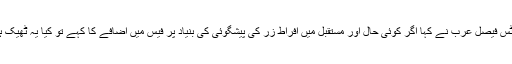
جسٹس فیصل عرب نے کہا اگر کوئی حال اور مستقبل میں افراط زر کی پیشگوئی کی بنیاد پر فیس میں اضافے کا کہے تو کیا یہ ٹھیک ہے؟